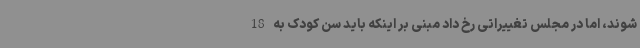
شوند، اما در مجلس تغییراتی رخ داد مبنی بر اینکه باید سن کودک به 18